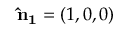
{ \bf \hat { n } _ { 1 } } = ( 1 , 0 , 0 )